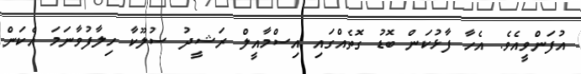
އުފަންވީއެވެ. އެހާ ފާޅުކަން ބޮޑު ގޮތެއްގައި އިސްމާއީލް ރަޝީދު ސުލޫކާ ހިލާފުވާނަމަ އެކަން